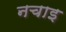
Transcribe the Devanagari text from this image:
नचाइ